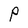
Character: P